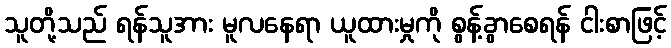
သူတို့သည် ရန်သူအား မူလနေရာ ယူထားမှုကို စွန့်ခွာစေရန် ငါးစာဖြင့်